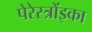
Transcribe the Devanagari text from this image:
पेरेस्त्रोंइका